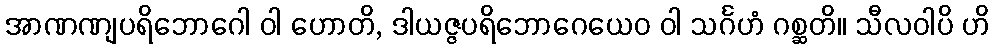
အာဏဏျပရိဘောဂေါ ဝါ ဟောတိ, ဒါယဇ္ဇပရိဘောဂေယေဝ ဝါ သင်္ဂဟံ ဂစ္ဆတိ။ သီလဝါပိ ဟိ